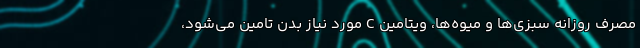
مصرف روزانه سبزی‌ها و میوه‌ها، ویتامین C مورد نیاز بدن تامین می‌شود،